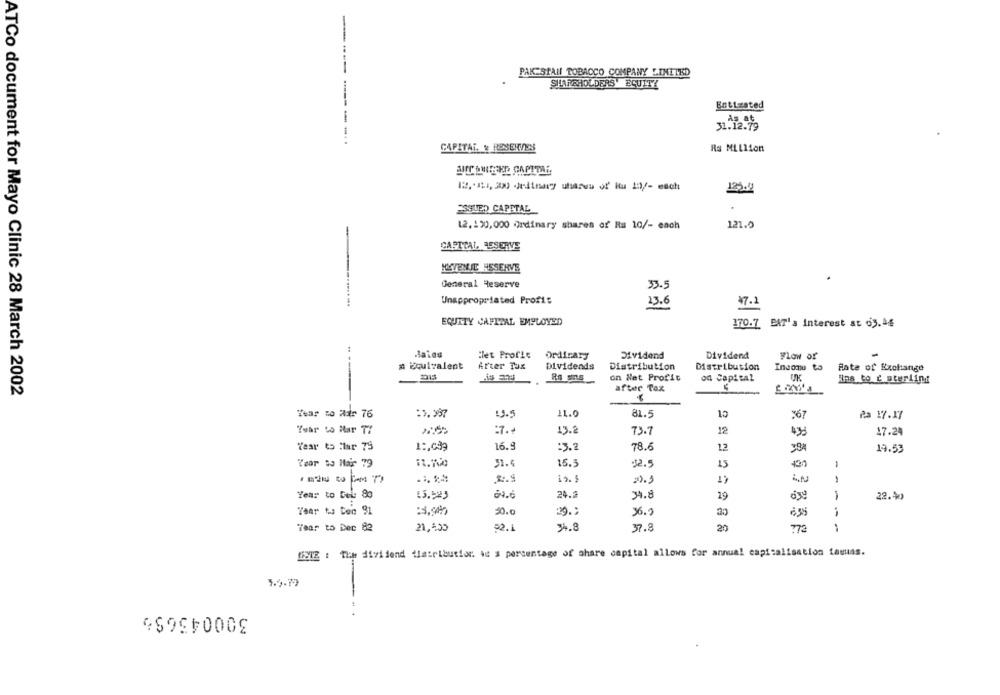
PAKISTAN TOBACCO COMPANY LIMITED
SHAREHOLDERS ELUITZ
Batizated
31. 12.79
--------.
CAPITAL, & RESERVES
Rs Million
MITT DNIACHD CAPITAE,
125.
ESQUED CAPITAL
121.0
12, 120,000 Ordinary shares of Ru 10/- each
-
CASTTAL RESERVE
HUVENIE HSSERVE
General Reserve
33.5
Unappropriated Profis
13.6
17.1
EQUITY CAPIZAL EMPLOYED
170.7. BAT'a interest st o3.44
:let Profis Ordinary
Dividend
Dividend
Flow of
# équivalent
Arter Tax
Dividends
Distribution
Distribution
Inconu ta
Fate of Exchange
on Net Profit
on Capital
UK
Ins to & sterlini
----
after Tax
ATCo document for Mayo Clinic 28 March 2002
15.5
11.0
82.5
10
367
P.s 17.17
Year to Har 77
:7.+
13.2
73.7
12
17.24
435
Year to :lar 75
1 :, 039
16.9
:3.2
78.6
12
394
19.53
Year to Mair 79
51.4
15.5
32.5
13
-
1
Year to Del: 80
24.2
34.8
15.523
19
22.40
20.0
29 .;
36.9
6.55
-
Tear to Dec 82
21,439
74.8
37.8
20
73
[SIE : The dividend deiribution Au a percentage of share capital allows for annual capitalisation Lasuas.
- -
300045655